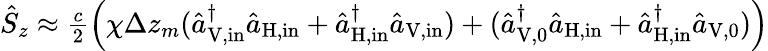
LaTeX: \begin{array}{r}{\hat{S}_{z}\approx\frac{c}{2}\left(\chi\Delta z_{m}(\hat{a}_{\mathrm{V,in}}^{\dagger}\hat{a}_{\mathrm{H,in}}+\hat{a}_{\mathrm{H,in}}^{\dagger}\hat{a}_{\mathrm{V,in}})+(\hat{a}_{\mathrm{V,0}}^{\dagger}\hat{a}_{\mathrm{H,in}}+\hat{a}_{\mathrm{H,in}}^{\dagger}\hat{a}_{\mathrm{V,0}})\right)}\end{array}